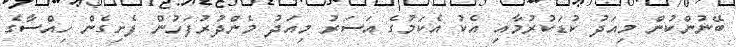
ބޭނުންކުން މިއަދު ކުޑަކުރުމާއި އެކު އެކަމުގެ އަސަރު މިއަދު މެންދުރުފަހުން ފެށިގެން ހިއްސާގެ